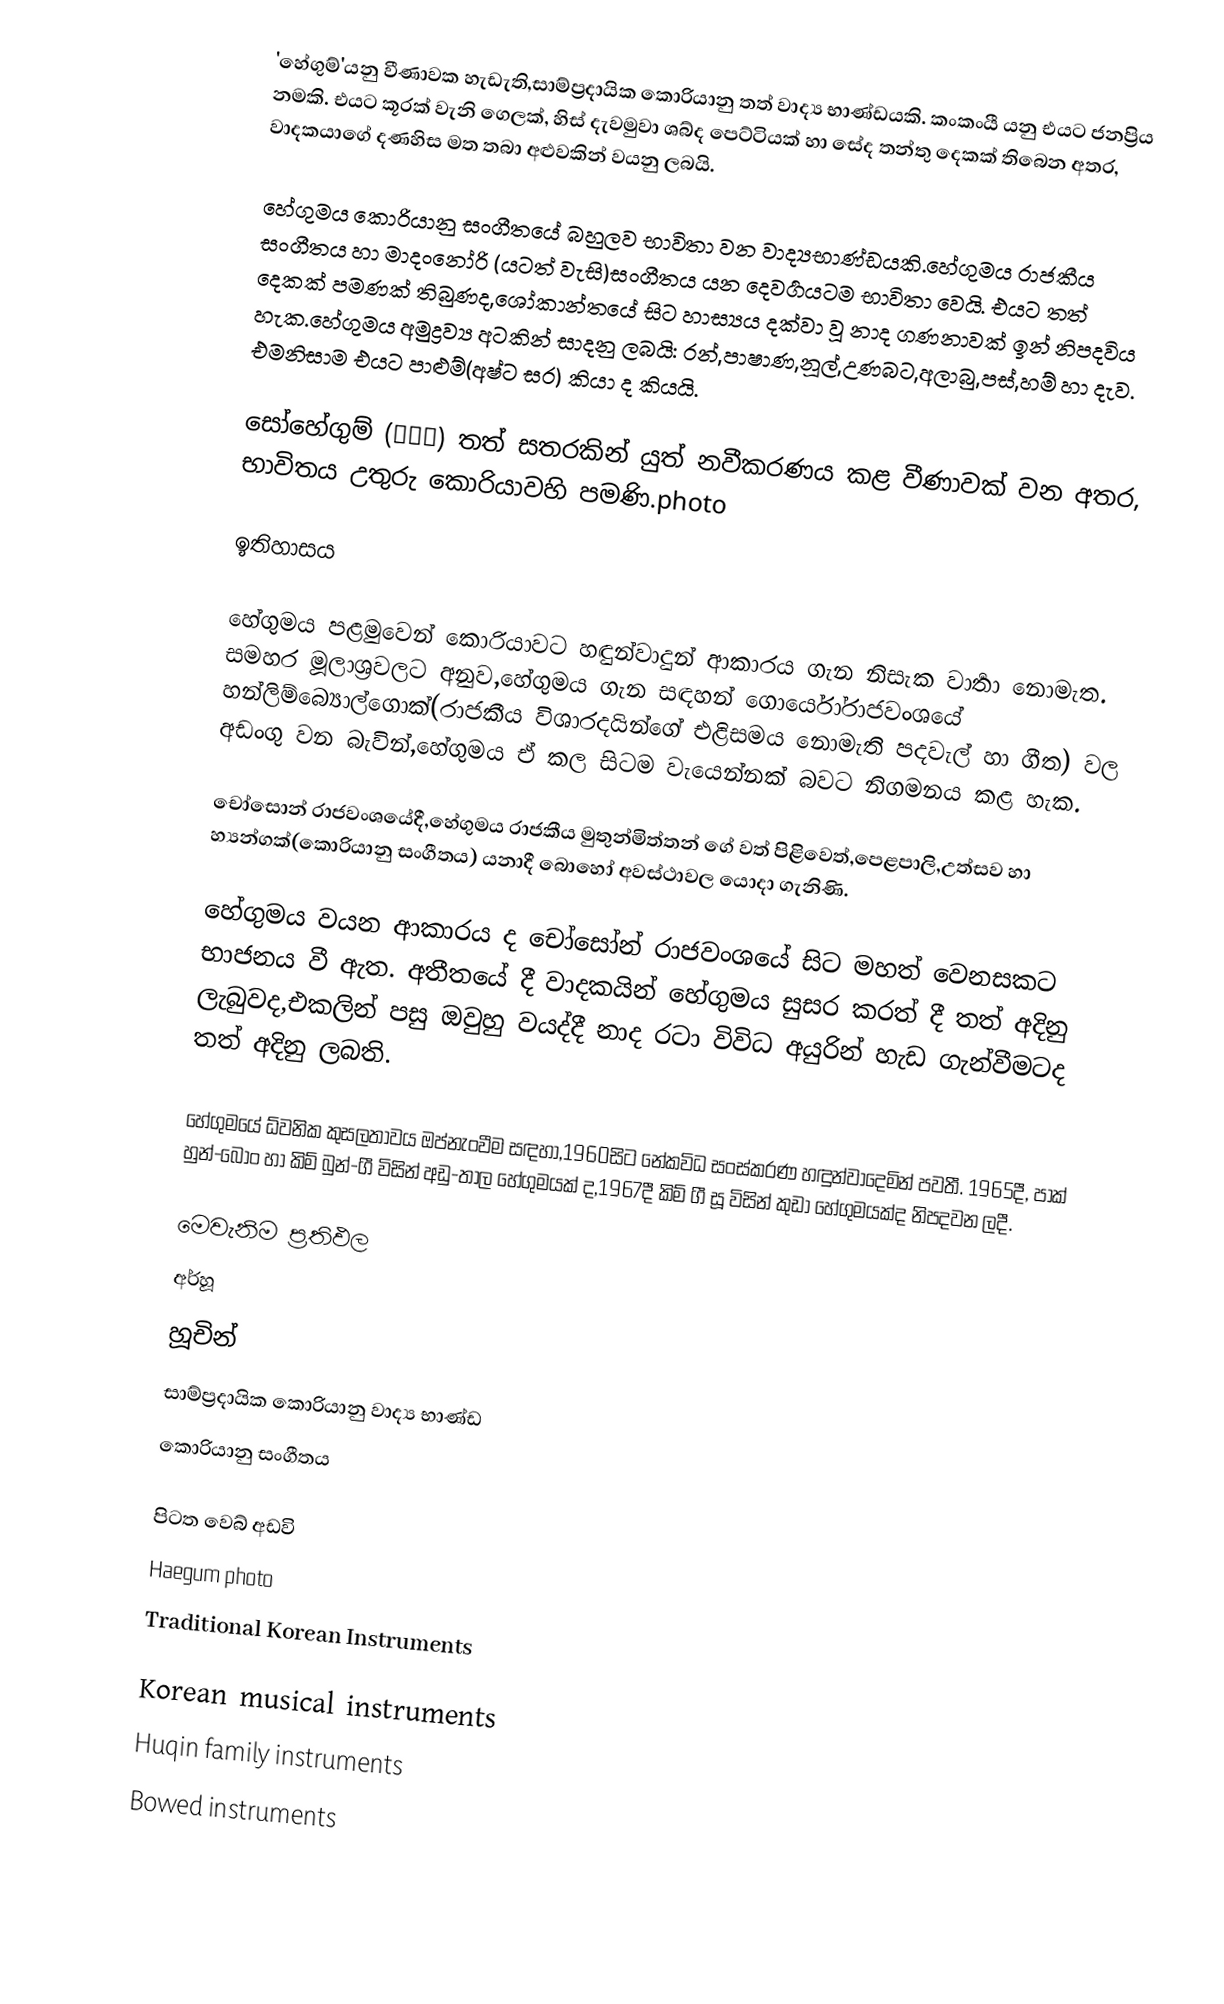
'හේගුම්'යනු වීණාවක හැඩැති,සාම්ප්‍රදායික ‍කොරියානු තත් වාද්‍ය භාණ්ඩයකි. කංකංයී යනු එයට ජනප්‍රිය නමකි. එයට කූරක් වැනි ගෙලක්, හිස් දැවමුවා ශබ්ද පෙට්ටියක් හා සේද තන්තු දෙකක් තිබෙන අතර, වාදකයාගේ දණහිස මත තබා අළුවකින් වයනු ලබයි.

හේගුමය කොරියානු සංගීතයේ බහුලව භාවිතා වන වාද්‍යභාණ්ඩයකි.හේගුමය රාජකීය සංගීතය හා මාදංනෝරි (යටත් වැසි)සංගීතය යන දෙවර්‍ගයටම භාවිතා වෙයි. එයට තත් දෙකක් පමණක් තිබුණද,ශෝකාන්තයේ සිට හාස්‍යය දක්වා වූ නාද ගණනාවක් ඉන් නිපදවිය හැක.හේගුමය අමුද්‍රව්‍ය අටකින් සාදනු ලබයි: රන්,පාෂාණ,නූල්,උණබට,අලාබු,පස්,හම් හා දැව. එමනිසාම එයට පාළුම්(අෂ්ට සර) කියා ද කියයි.

‍සෝහේගුම්  (소해금) තත් සතරකින් යුත් නවීකරණය කළ වීණාවක් වන අතර, භාවිතය උතුරු කොරියාවහි පමණි.photo

ඉතිහාසය

හේගුමය පළමුවෙන් කොරියාවට හඳුන්වාදුන් ආකාරය ගැන නිසැක වාර්‍තා නොමැත. සමහර මූලාශ්‍රවලට අනුව,‍හේගුමය ගැන සඳහන් ගොර්යෝරාජවංශයේ හන්ලිම්බ්‍යොල්ගොක්(රාජකීය විශාරදයින්ගේ එළිසමය ‍නොමැති පදවැල් හා ගීත) වල අඩංගු වන බැවින්,හේගුමය ඒ කල සිටම වැයෙන්නක් බවට නිගමනය කළ හැක.

චෝසොන් රාජවංශයේදී,හේගුමය රාජකීය මුතුන්මිත්තන් ගේ වත් පිළිවෙත්,පෙළපාලි,උත්සව හා හ්‍යන්ගක්(කොරියානු සංගීතය) යනාදී බොහෝ අවස්ථාවල යොදා ගැනිණි.

හේගුමය වයන ආකාරය ද චෝසෝන් රාජවංශයේ සිට මහත් වෙනසකට භාජනය වී ඇත. අතීතයේ දී වාදකයින් හේගුමය සුසර කරත් දී තත් අදිනු ලැබුවද,එකලින් පසු ඔවුහු වයද්දී නාද රටා විවිධ අයුරින් හැඩ ගැන්වීමටද තත් අදිනු ලබති.

හේගුමයේ ධ්වනික කුසලතාවය ඔප්නැංවීම සඳහා,1960සිට නේකවිධ සංස්කරණ හඳුන්වාදෙමින් පවතී. 1965දී, පාක් හුන්-බොං හා කිම් බුන්-ගී විසින් අඩු-තාල හේගුමයක් ද,1967දී කිම් ගී සූ විසින් කුඩා හේගුමයක්ද නිපදවන ලදී.

මෙවැනිම ප්‍රතිඵල
අර්හූ
හූචින්
සාම්ප්‍රදායික කොරියානු වාද්‍ය භාණ්ඩ
කොරියානු සංගීතය

පිටත වෙබ් අඩවි
Haegum photo
Traditional Korean Instruments

Korean musical instruments
Huqin family instruments
Bowed instruments